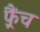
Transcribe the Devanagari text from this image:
फ़्रैंच